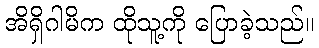
အိရှိဂါမိက ထိုသူ့ကို ပြောခဲ့သည်။